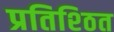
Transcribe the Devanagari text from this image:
प्रतिश्ठित